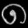
Digit: ၈